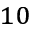
^ { 1 0 }